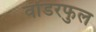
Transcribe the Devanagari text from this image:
वोंडरफुल